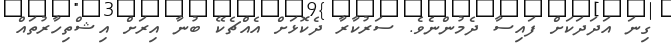
ގިނަ އަދަދަކަށް ފައިސާ ދެމުންނެވެ. ސަރުކާރާ ދެކޮޅަށް އެއްޗެކޭ ބުނާ އިރަށް އިޝްތިހާރުތައް